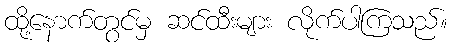
ထို့နောက်တွင်မှ ဆင်ထီးများ လိုက်ပါကြသည်။